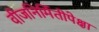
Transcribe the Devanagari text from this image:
वीजनिर्मितीपेक्षा